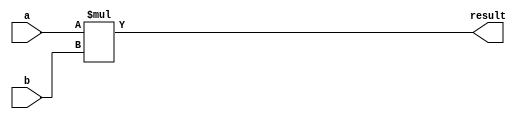
module Multiplier (
    input [31:0] a,
    input [31:0] b,
    output reg [63:0] result
);

always @(*) begin
    result = a * b;
end

endmodule